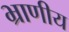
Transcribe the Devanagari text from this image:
भ्राणीय